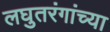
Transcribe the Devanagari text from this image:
लघुतरंगांच्या